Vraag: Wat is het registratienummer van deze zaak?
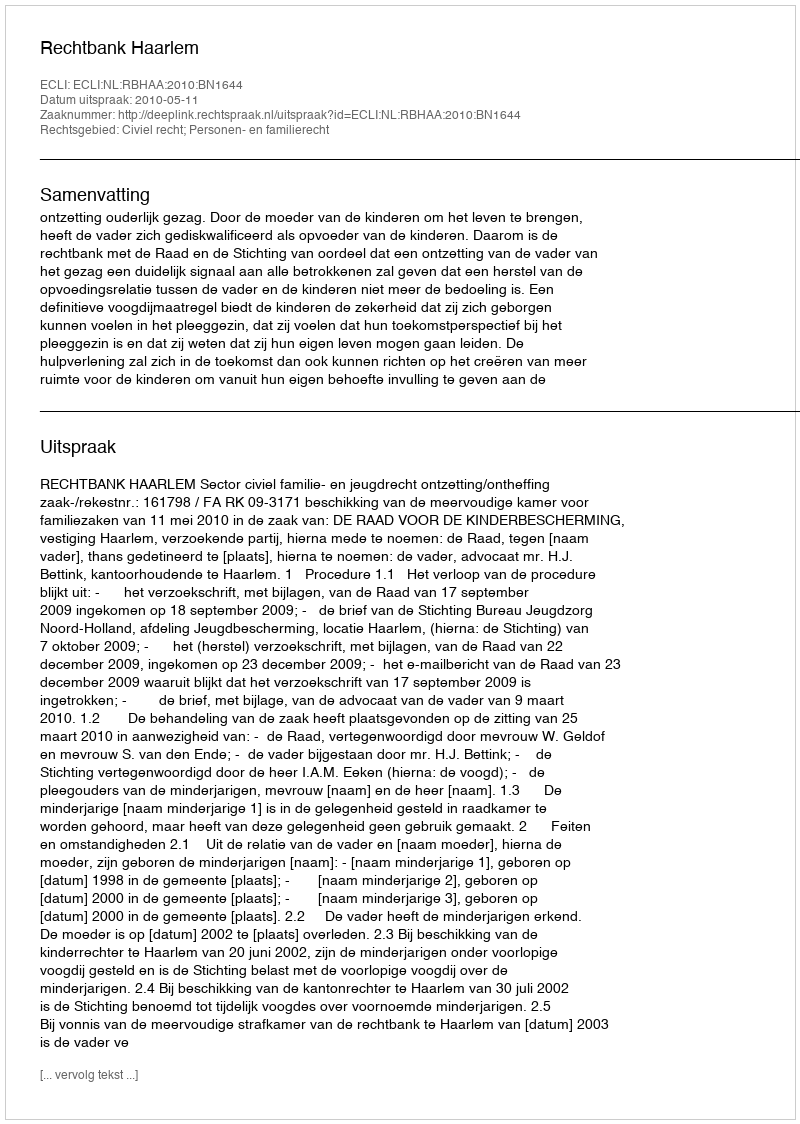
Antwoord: http://deeplink.rechtspraak.nl/uitspraak?id=ECLI:NL:RBHAA:2010:BN1644